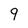
Character: 9